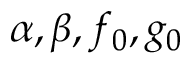
\alpha , \beta , f _ { 0 } , g _ { 0 }